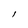
Character: l